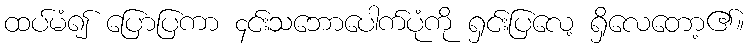
ထပ်မံ၍ ပြောပြကာ ၄င်းသဘောပေါက်ပုံကို ရှင်းပြလေ့ ရှိလေတော့၏။